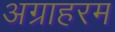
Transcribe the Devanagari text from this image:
अग्राहरम